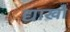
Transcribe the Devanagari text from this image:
द्याखौ